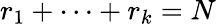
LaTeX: r_{1}+\cdots+r_{k}=N